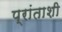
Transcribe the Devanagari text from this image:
प्रांताशी